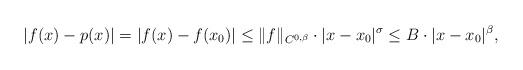
LaTeX: \begin{align*} |f(x) - p(x)| = |f(x) - f(x_0)| \leq \| f \|_{C^{0,\beta}} \cdot |x - x_0|^\sigma \leq B \cdot |x - x_0|^\beta, \end{align*}